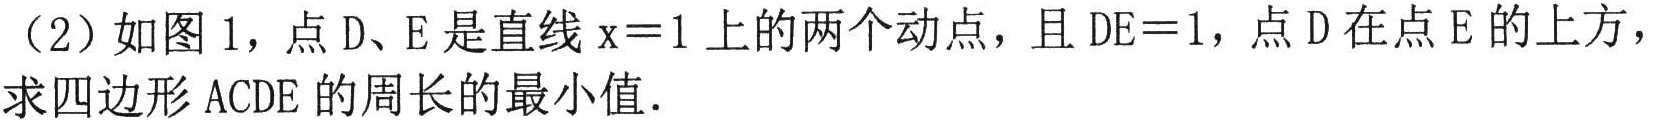
（2）如图 1，点 D、E 是直线 \(x = 1\) 上的两个动点，且 \(DE = 1\)，点 D 在点 E 的上方，求四边形 ACDE 的周长的最小值．